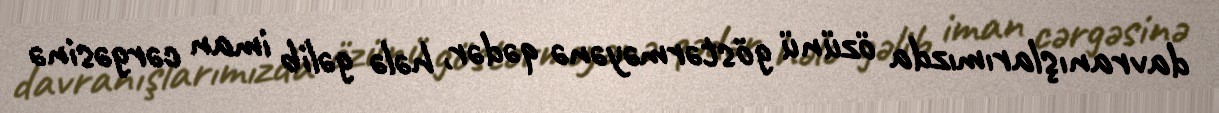
davranışlarımızda özünü göstərməyənə qədər, hələ gəlib iman cərgəsinə